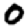
Digit: 0